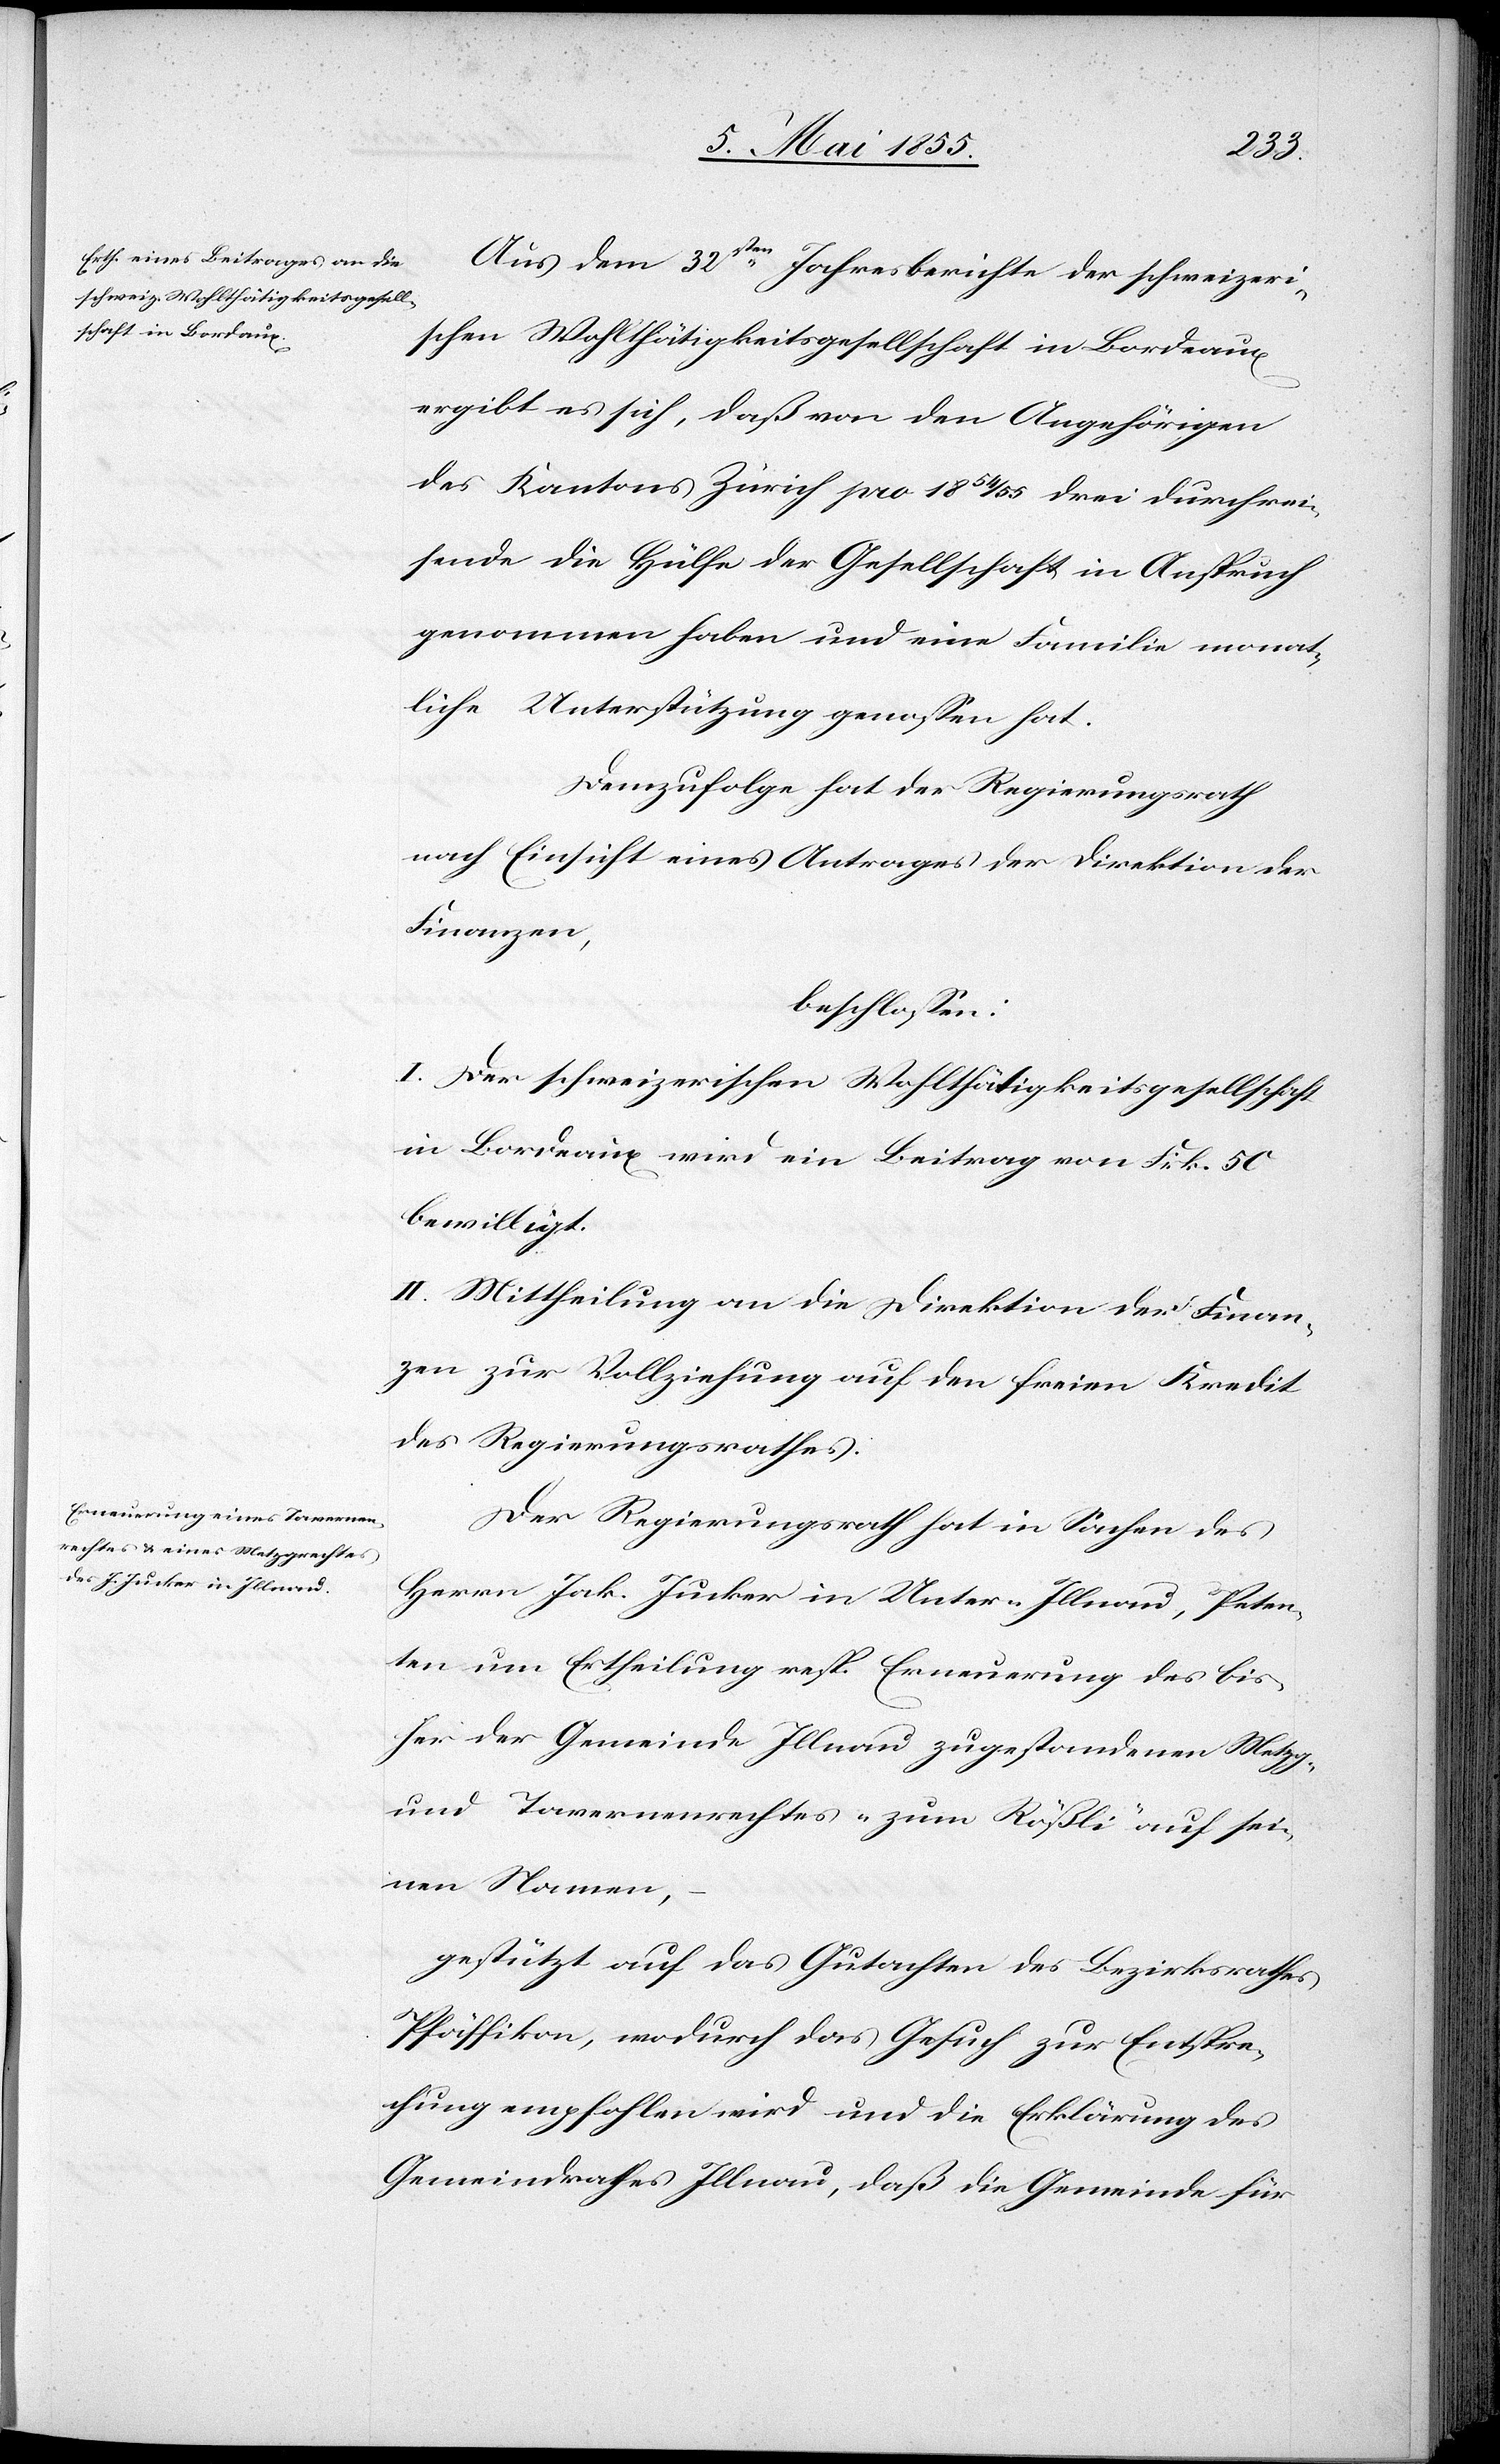
Aus dem 32sten Jahresberichte der schweizeri¬
schen Wohlthätigkeitsgesellschaft in Bordeaux
ergibt es sich, daß von den Angehörigen
des Kantons Zürich pro 1854/55 drei Durchrei¬
sende die Hülfe der Gesellschaft in Anspruch
genommen haben und eine Familie monat¬
liche Unterstützung genossen hat.
Demzufolge hat der Regierungsrath
nach Einsicht eines Antrages der Direktion der
Finanzen,
beschlossen:
I. Der schweizerischen Wohlthätigkeitsgesellschaft
in Bordeaux wird ein Beitrag von Frk. 50
bewilligt.
II. Mittheilung an die Direktion der Finan¬
zen zur Vollziehung auf den freien Kredit
des Regierungsrathes.
Der Regierungsrath hat in Sachen des
Herrn Jak. Jucker in Unter-Illnau, Peten¬
ten um Ertheilung resp. Erneuerung des bis¬
her der Gemeinde Illnau zugestandenen Metzg-
und Tavernenrechtes „zum Rößli“ auf sei¬
nen Namen,
gestützt auf das Gutachten des Bezirksrathes
Pfäffikon, wodurch das Gesuch zur Entspre¬
chung empfohlen wird und die Erklärung des
Gemeindrathes Illnau, daß die Gemeinde für